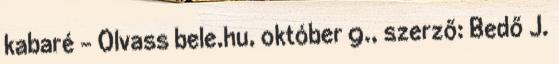
kabaré - Olvass bele.hu, október 9., szerző: Bedő J.